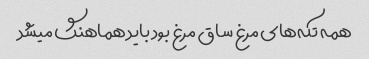
همه تکه‌های مرغ ساق مرغ بود باید هماهنگ میشد